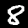
Digit: 8